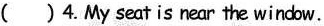
( ) 4.My seat is near the window.